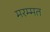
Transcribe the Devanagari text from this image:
मरम्मत